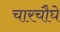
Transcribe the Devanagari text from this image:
चारचौघे